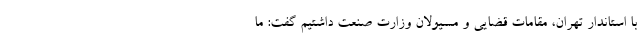
با استاندار تهران، مقامات قضایی و مسیولان وزارت صنعت داشتیم گفت: ما